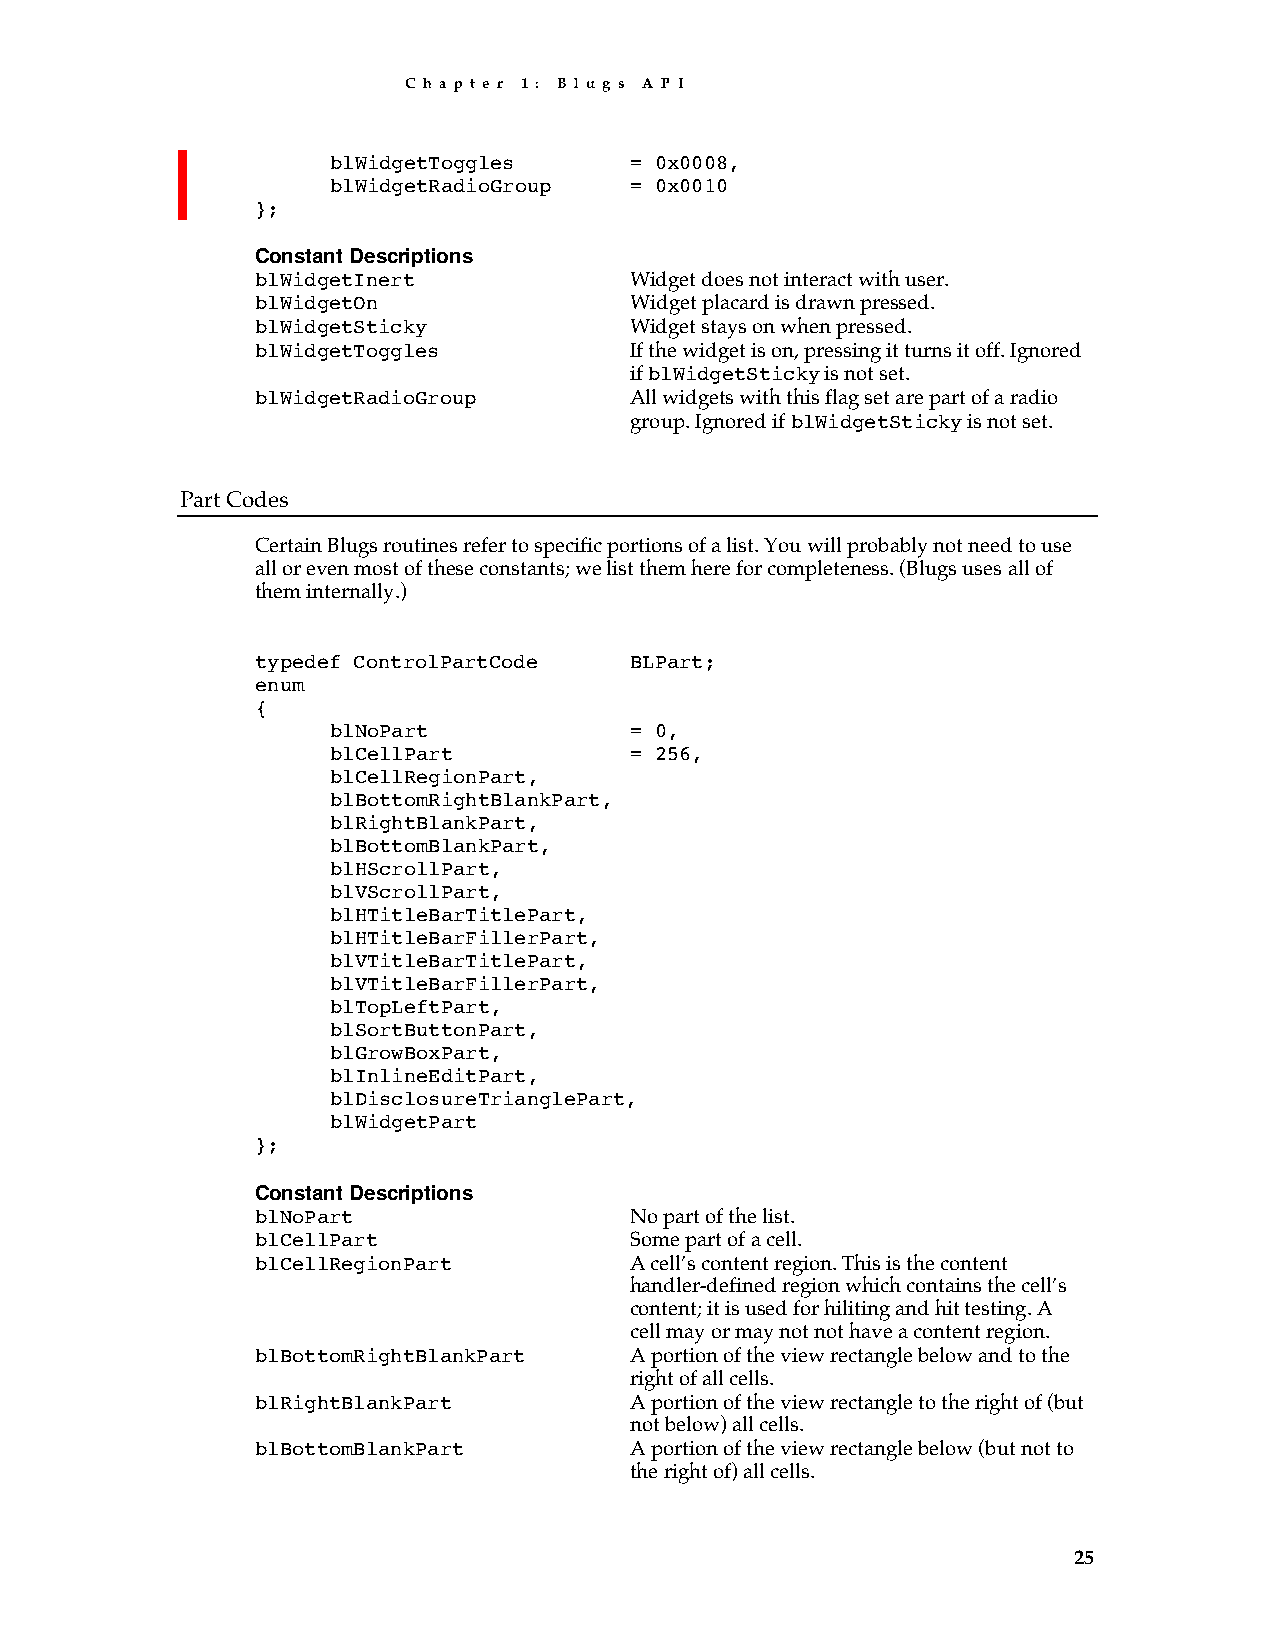
C h a p t e r 1 : B l u g s A P I
 blWidgetToggles     = 0x0008,
 blWidgetRadioGroup  = 0x0010
 };
 Constant Descriptions
 blWidgetInert            Widget does not interact with user.
 blWidgetOn               Widget placard is drawn pressed.
 blWidgetSticky           Widget stays on when pressed.
 blWidgetToggles          If the widget is on, pressing it turns it off. Ignored
 if blWidgetSticky is not set.
 blWidgetRadioGroup       All widgets with this flag set are part of a radio
 group. Ignored if blWidgetSticky is not set.
 Part Codes
 Certain Blugs routines refer to specific portions of a list. You will probably not need to use
 all or even most of these constants; we list them here for completeness. (Blugs uses all of
 them internally.)
 typedef ControlPartCode  BLPart;
 enum
 {
 blNoPart            = 0,
 blCellPart          = 256,
 blCellRegionPart,
 blBottomRightBlankPart,
 blRightBlankPart,
 blBottomBlankPart,
 blHScrollPart,
 blVScrollPart,
 blHTitleBarTitlePart,
 blHTitleBarFillerPart,
 blVTitleBarTitlePart,
 blVTitleBarFillerPart,
 blTopLeftPart,
 blSortButtonPart,
 blGrowBoxPart,
 blInlineEditPart,
 blDisclosureTrianglePart,
 blWidgetPart
 };
 Constant Descriptions
 blNoPart                 No part of the list.
 blCellPart               Some part of a cell.
 blCellRegionPart         A cell’s content region. This is the content
 handler-defined region which contains the cell’s
 content; it is used for hiliting and hit testing. A
 cell may or may not not have a content region.
 blBottomRightBlankPart   A portion of the view rectangle below and to the
 right of all cells.
 blRightBlankPart         A portion of the view rectangle to the right of (but
 not below) all cells.
 blBottomBlankPart        A portion of the view rectangle below (but not to
 the right of) all cells.
 25